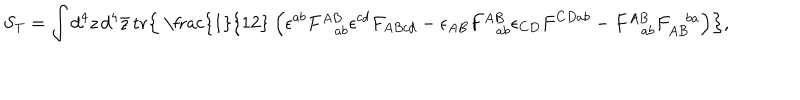
LaTeX: S _ { \mathrm { T } } = \int d ^ { 4 } z \, d ^ { 4 } \bar { z } \, \mathrm { t r } \Bigr \{ \mathrm { ~ \frac { 1 } { 1 2 } ~ } \Bigr ( \epsilon ^ { a b } F _ { \! ~ a b } ^ { A B } \epsilon ^ { c d } F _ { A B c d } - \epsilon _ { A B } F _ { \! ~ a b } ^ { A B } \epsilon _ { C D } F ^ { C D a b } - F _ { \! ~ a b } ^ { A B } F _ { A B } ^ { \! ~ b a } \Bigr ) \Bigr \} ,